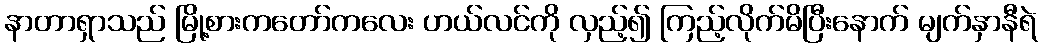
နာတာရှာသည် မြို့စားကတော်ကလေး ဟယ်လင်ကို လှည့်၍ ကြည့်လိုက်မိပြီးနောက် မျက်နှာနီရဲ